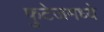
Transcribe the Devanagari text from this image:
फुटेजमध्ये